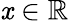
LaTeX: \mathit{x}\in\mathbb{R}